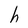
Character: h